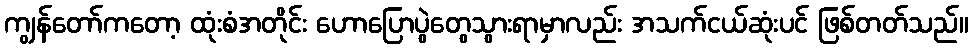
ကျွန်တော်ကတော့ ထုံးစံအတိုင်း ဟောပြောပွဲတွေသွားရာမှာလည်း အသက်ငယ်ဆုံးပင် ဖြစ်တတ်သည်။